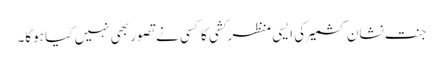
جنت نشان کشمیر کی ایسی منظر کشی کا کسی نے تصور بھی نہیں کیا ہوگا۔